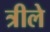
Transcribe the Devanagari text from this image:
त्रीले